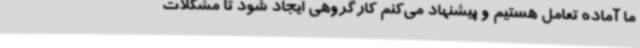
ما آماده تعامل هستیم و پیشنهاد می‌کنم کارگروهی ایجاد شود تا مشکلات